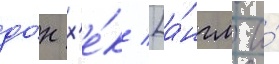
до́н х'е́к [а́нгл. и́